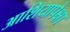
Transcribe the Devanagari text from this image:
आशियापेक्षा